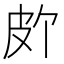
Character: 𪾆